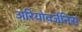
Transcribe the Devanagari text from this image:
अरियोवर्जनिस